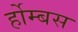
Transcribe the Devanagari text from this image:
र्होम्बस